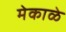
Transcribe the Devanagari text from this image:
मेकाळे